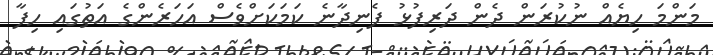
މަންމަ ހިޔެއް ނުކުރަން ދެން ދަރިފުޅު ފެނިދާނެ ކަމަކަށްވެސް އަހަރެންގެ އަތުގައި ހިފާ